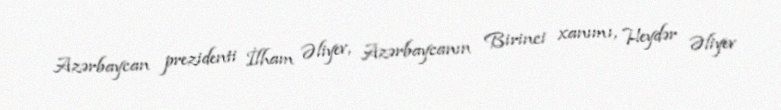
Azərbaycan prezidenti İlham Əliyev, Azərbaycanın Birinci xanımı, Heydər Əliyev